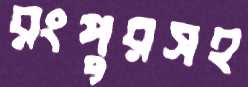
রংপুরসহ